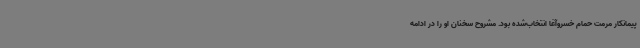
پیمانکار مرمت حمام خسروآغا انتخاب‌شده بود. مشروح سخنان او را در ادامه